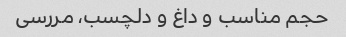
حجم مناسب و داغ و دلچسب، مررسی